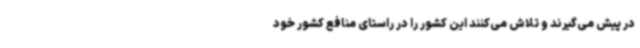
در پیش می‌گیرند و تلاش می‌کنند این کشور را در راستای منافع کشور خود